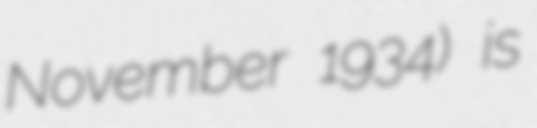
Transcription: November 1934) is